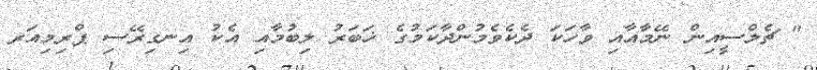
" ޗެލްސީއިން ނޭމާއާއި ވާހަކަ ދެކެވެމުންދާކަމުގެ ޚަބަރު ލިބުމާއި އެކު އިނގިރޭސި ޕްރިމިއަރ